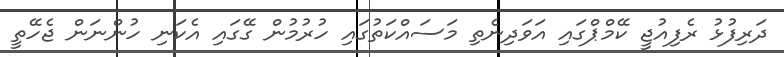
ދަރިފުޅު ރެފިއުޖީ ކޭމްޕްގައި އަވަދިނެތި މަސައްކަތުގައި ހުރުމުން ގޭގައި އެކަނި ހުންނަން ޖެހޭތީ